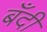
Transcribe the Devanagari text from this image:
बँदी